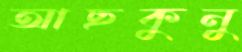
আছকুনু